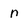
Character: n